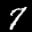
Label: 7